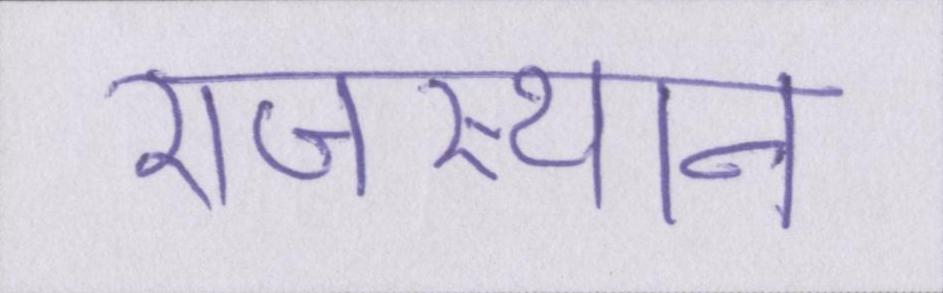
राजस्थान